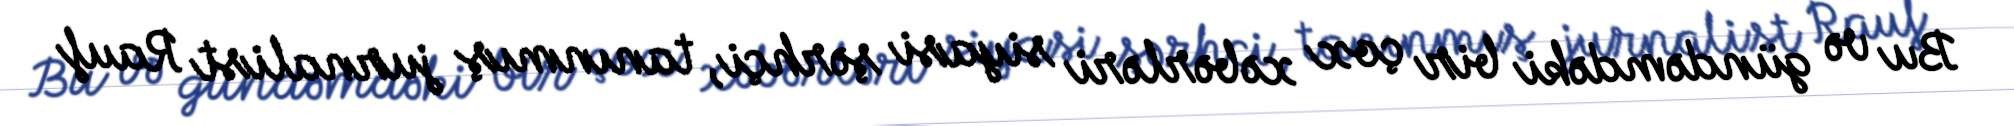
Bu və gündəmdəki bir çox xəbərləri siyasi şərhçi, tanınmış jurnalist Rauf